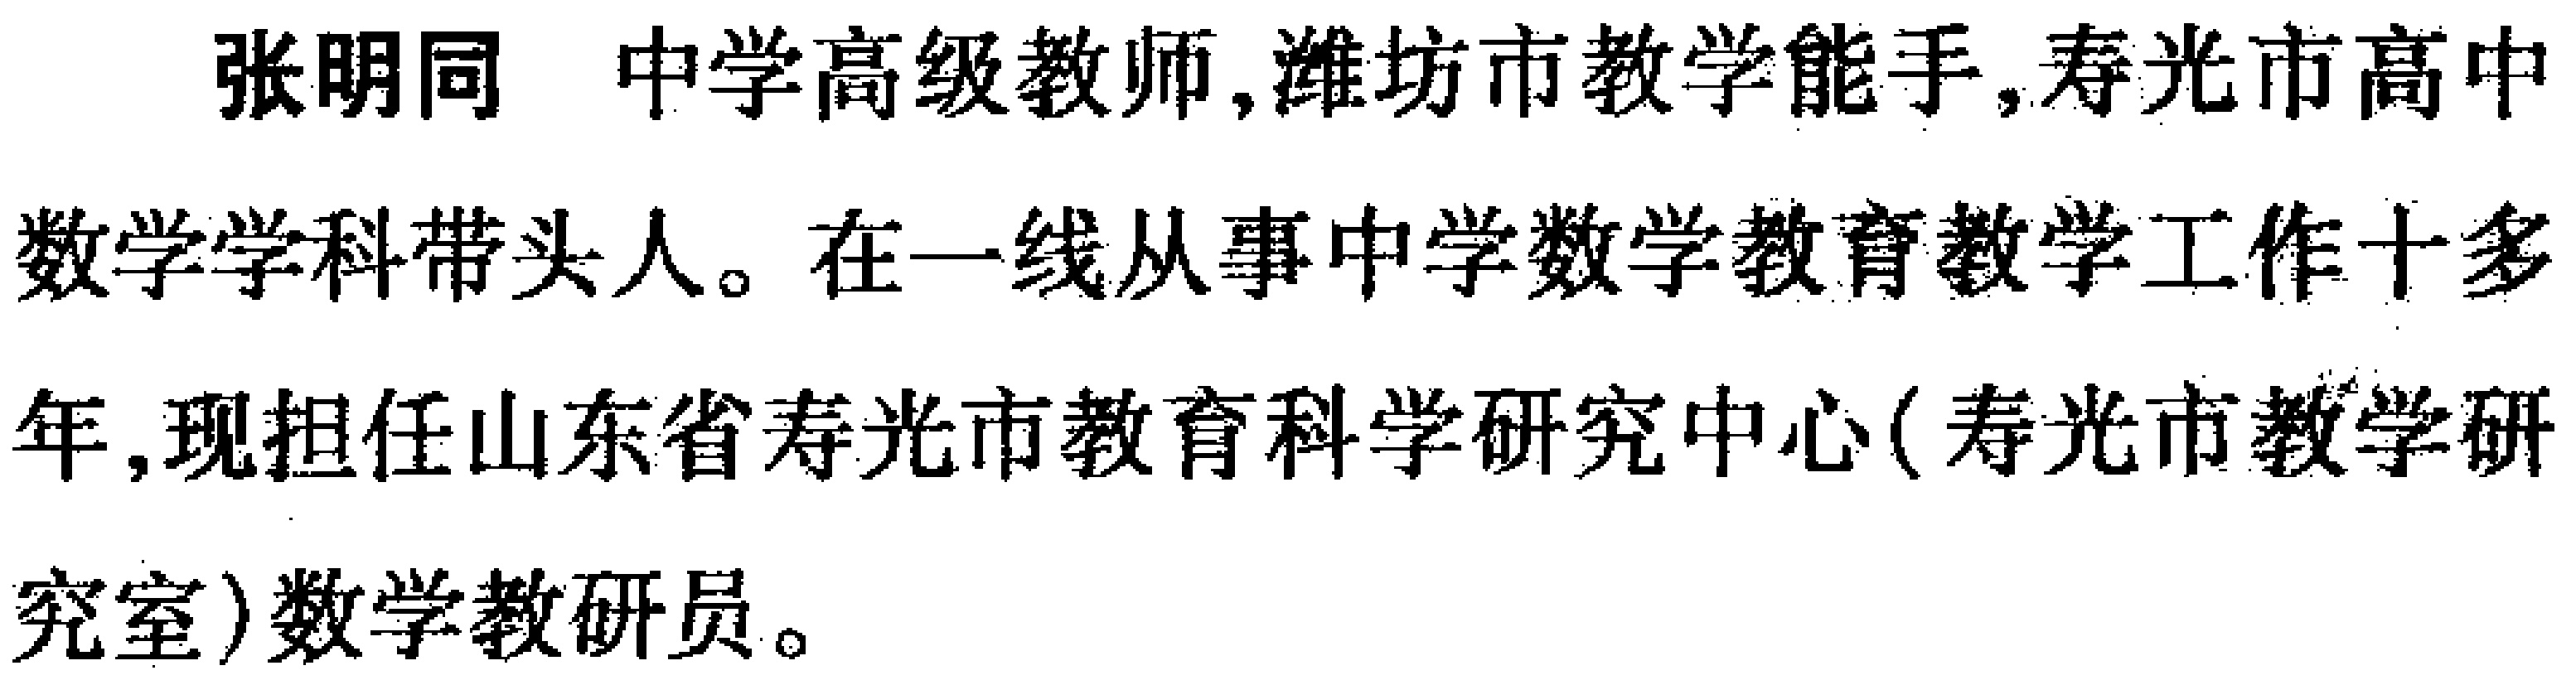
张明同 中学高级教师,潍坊市教学能手,寿光市高中数学学科带头人。在一线从事中学数学教育教学工作十多年,现担任山东省寿光市教育科学研究中心(寿光市教学研究室)数学教研员。